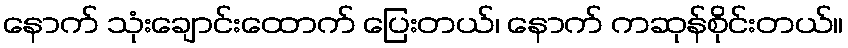
နောက် သုံးချောင်းထောက် ပြေးတယ်၊ နောက် ကဆုန်စိုင်းတယ်။